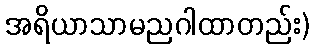
အရိယာသာမညဂါထာတည်း)